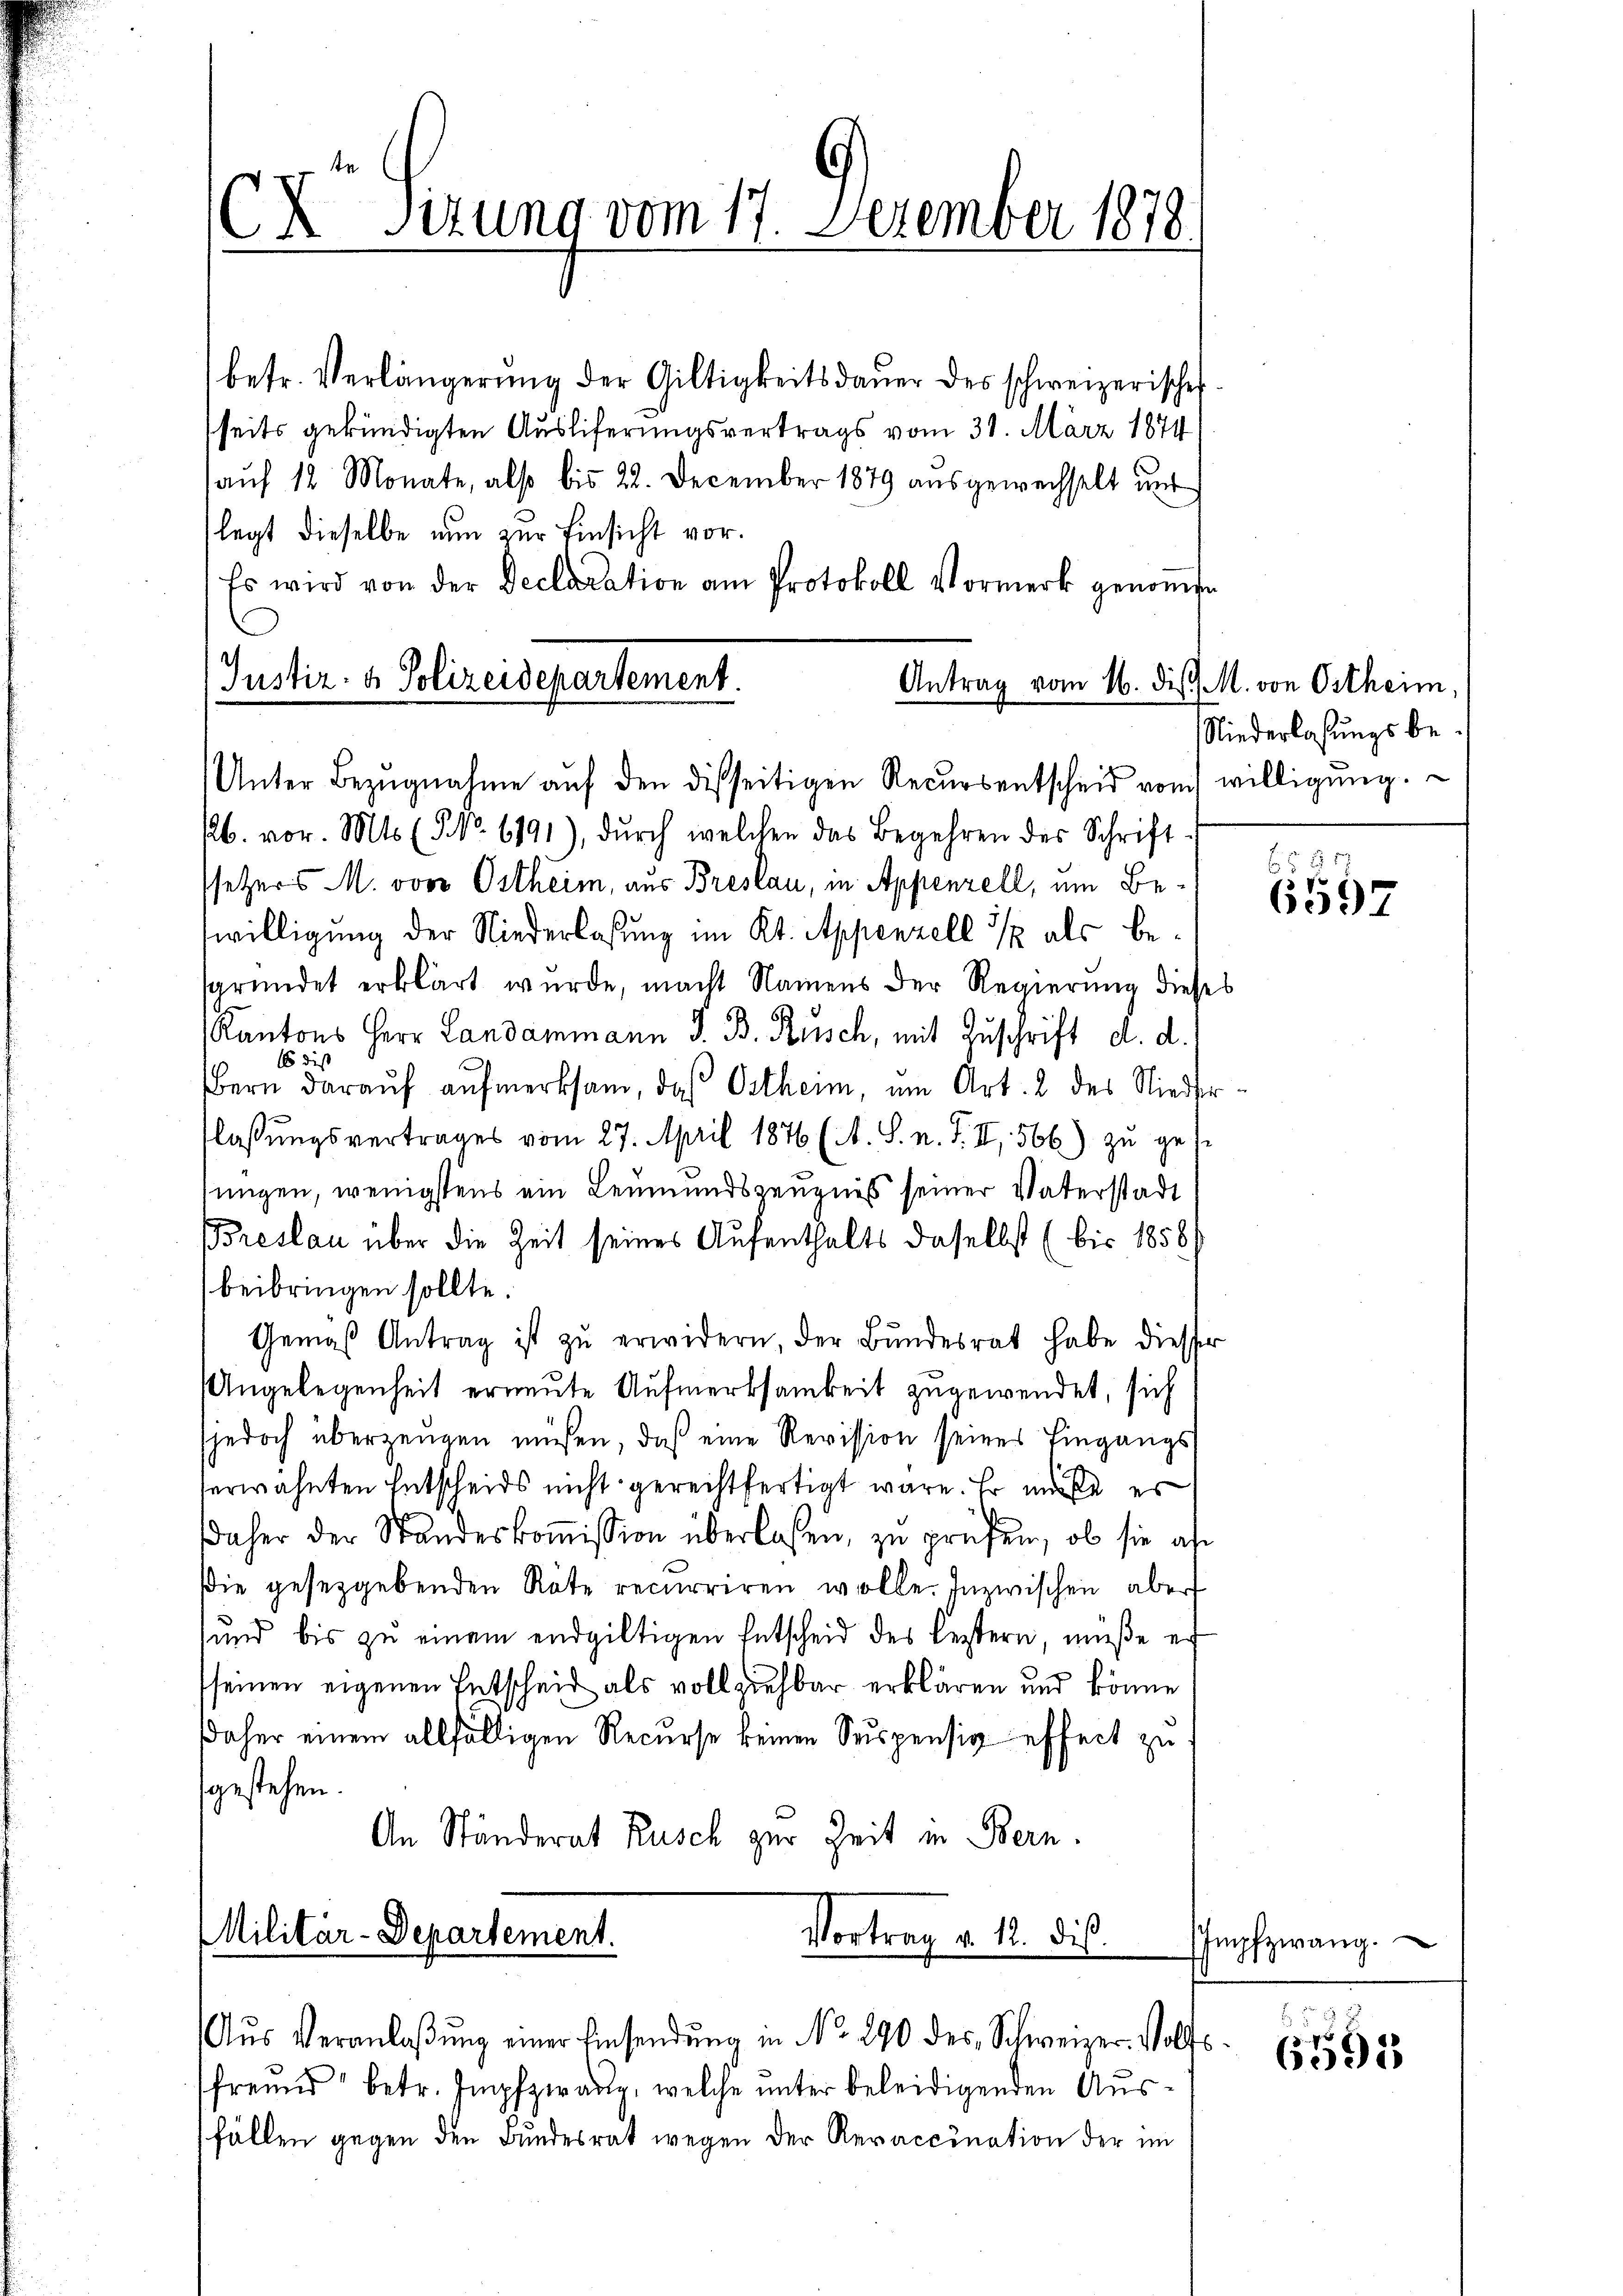
X Setzung vom 17. Dezember 1878

betr. Verlängerŭng der Giltigkeitsdaŭer des schweizerisches
seits gekündigten Ausliferungsvertrags vom 31. März 1874
aŭf 12 Monate, also bis 22. December 1879 ausgewechselt und
legt dieselbe nun zur Einsicht vor.
Es wird von der Declaration am Protokoll Vormerk genomen
Justiz- & Polizeidepartement.
Antrag vom 16. dis M. von Ostheim,

Unter Bezugnahme auf den disseitigen Recursentscheid vom willigung.

Niederlaßungsbe¬

b. vor. Mts. (NNo. 6191), dŭrch welchen das Begehren des Schrift
setzers M. von Ostheim, aus Breslau, in Appenzell, um Beswilligung der Niederlosung im Kt. Appenzell / als besgründet erklärt wurde, macht Namens der Regierung dieses
Kantons Herr Landammann J. B. Rusch, mit Zuschrift d. d.
E dis
Bern daraŭf aŭfmerksam, daß Ostheim, um Art. 2 des Nieder
flassungsvertrages vom 27. April 1876 (A. S. n. F. II, 566) zu gese
sungen, wenigstens ein Leumundszeugnis seiner Vaterstadt
Breslau über die Zeit seines Aufenthalts daselbst (bis 1858/
beibringen sollte.
Gemäß Antrag ist zŭ erwidern, der Bundesrat habe diesser
Angelegenheit erneŭte Aŭfmerksamkeit zugewendet, sich
sjedoch überzeugen müssen, daß eine Revission seines Eingangs
herwähnten Entscheids nicht gerechtfertigt wäre. Er müße es
daher der Standeskoṁission überlassen, zu prüfen, ob sie al
sie gesetzgebenden Räte recurriren wolle. Inzwischen aber
sund bis zu einem endgültigen Entscheid des leztern, müße er
seinen eigenen Entscheid als vollziehbar erklären und könne
Daher einem allfälligen Recurse keinen Suspensiv effect zu
sgestehen.
An Ständerat Rusch zur Zeit in Bern.
MMilitär-Departement.
Vortrag v. 12. dieß.

Aŭs Veranlaßung einer Einsendung in No 290 des Schweizer. Wolfs
fremd betr. Impfzwaue, welche unter beleidigenden Ausfällen gegen den Bundesrat wegen der Revaccination der im

6f 5 x
e
6397

Impfzwang.

6591